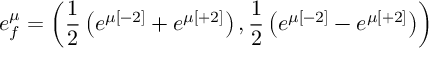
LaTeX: e _ { f } ^ { \mu } = \left( { \frac { 1 } { 2 } } \left( e ^ { \mu [ - 2 ] } + e ^ { \mu [ + 2 ] } \right) , { \frac { 1 } { 2 } } \left( e ^ { \mu [ - 2 ] } - e ^ { \mu [ + 2 ] } \right) \right)